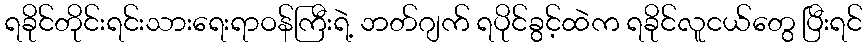
ရခိုင်တိုင်းရင်းသားရေးရာဝန်ကြီးရဲ့ ဘတ်ဂျက် ရပိုင်ခွင့်ထဲက ရခိုင်လူငယ်တွေ ပြီးရင်